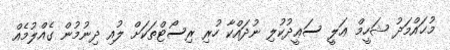
މުޙައްމަދު ޝަހީމް ޢަލީ ސަޢީދުކުލި ނުދައްކާ ހުރި ރިސޯޓްތަކަށް ލުއި ދިނުމުން ގެއްލުމެއް